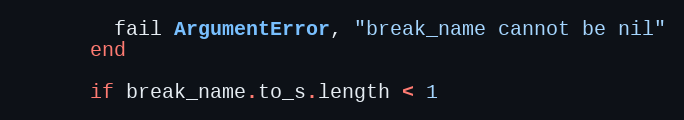
Language: Ruby
        fail ArgumentError, "break_name cannot be nil"
      end

      if break_name.to_s.length < 1